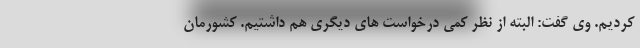
کردیم. وی گفت: البته از نظر کمی درخواست های دیگری هم داشتیم. کشورمان